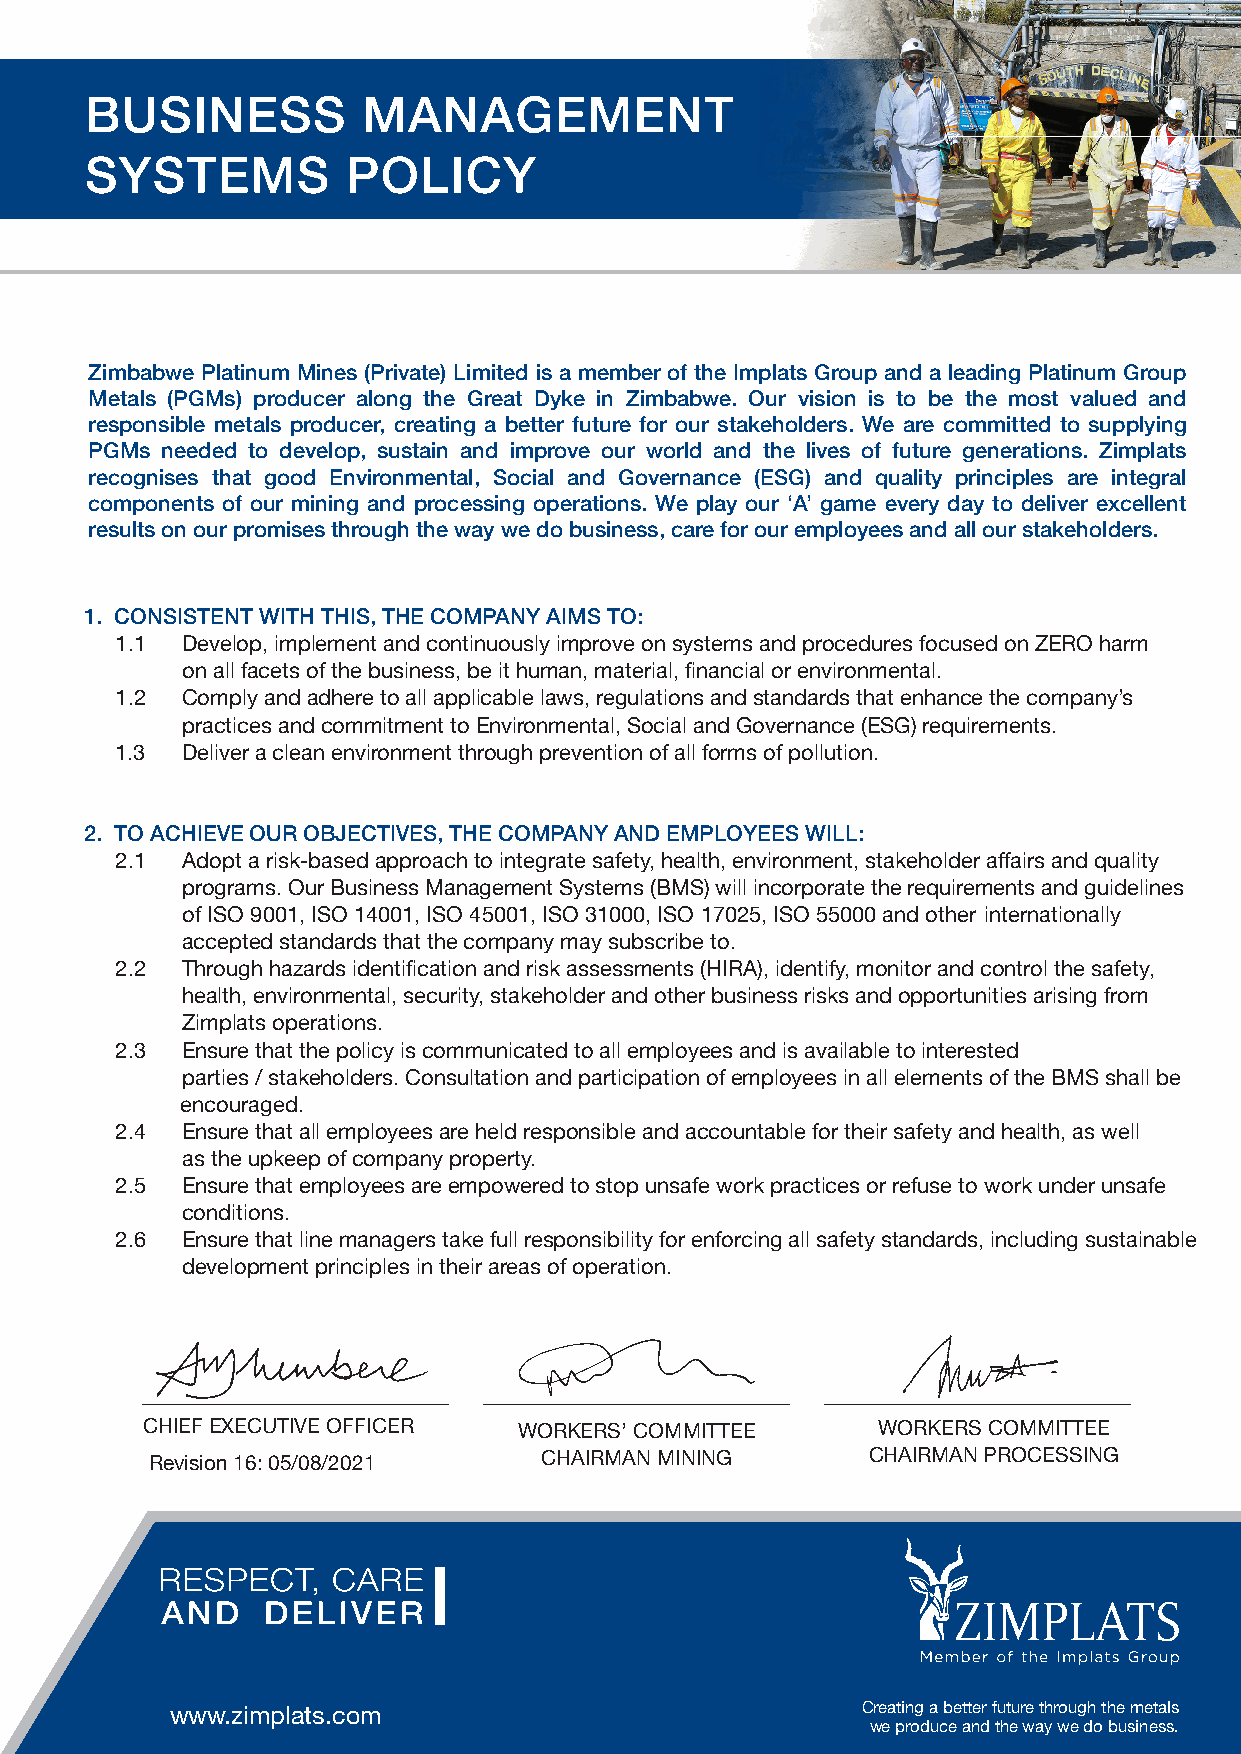
BUSINESS          MANAGEMENT
 SYSTEMS          POLICY
 Zimbabwe Platinum Mines (Private) Limited is a member of the Implats Group and a leading Platinum Group
 Metals (PGMs) producer along the Great Dyke in Zimbabwe. Our vision is to be the most valued and
 responsible metals producer, creating a better future for our stakeholders. We are committed to supplying
 PGMs needed to develop, sustain and improve our world and the lives of future generations. Zimplats
 recognises that good Environmental, Social and Governance (ESG) and quality principles are integral
 components of our mining and processing operations. We play our ‘A’ game every day to deliver excellent
 results on our promises through the way we do business, care for our employees and all our stakeholders.
 1. CONSISTENT WITH THIS, THE COMPANY AIMS TO:
 1.1 Develop, implement and continuously improve on systems and procedures focused on ZERO harm
 on all facets of the business, be it human, material, financial or environmental.
 1.2 Comply and adhere to all applicable laws, regulations and standards that enhance the company’s
 practices and commitment to Environmental, Social and Governance (ESG) requirements.
 1.3 Deliver a clean environment through prevention of all forms of pollution.
 2. TO ACHIEVE OUR OBJECTIVES, THE COMPANY AND EMPLOYEES WILL:
 2.1 Adopt a risk-based approach to integrate safety, health, environment, stakeholder affairs and quality
 programs. Our Business Management Systems (BMS) will incorporate the requirements and guidelines
 of ISO 9001, ISO 14001, ISO 45001, ISO 31000, ISO 17025, ISO 55000 and other internationally
 accepted standards that the company may subscribe to.
 2.2 Through hazards identification and risk assessments (HIRA), identify, monitor and control the safety,
 health, environmental, security, stakeholder and other business risks and opportunities arising from
 Zimplats operations.
 2.3 Ensure that the policy is communicated to all employees and is available to interested
 parties / stakeholders. Consultation and participation of employees in all elements of the BMS shall be
 encouraged.
 2.4 Ensure that all employees are held responsible and accountable for their safety and health, as well
 as the upkeep of company property.
 2.5 Ensure that employees are empowered to stop unsafe work practices or refuse to work under unsafe
 conditions.
 2.6 Ensure that line managers take full responsibility for enforcing all safety standards, including sustainable
 development principles in their areas of operation.
 CHIEF EXECUTIVE OFFICER WORKERS’ COMMITTEE      WORKERS COMMITTEE
 Revision 16: 05/08/2021   CHAIRMAN MINING      CHAIRMAN PROCESSING
 Creating a better future through the metals
 www.zimplats.com
 we produce and the way we do business.